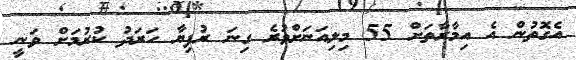
އެގޮތުން އެ އިމާރާތަށް 55 މިލިއަނަށްވުރެ ގިނަ ރުފިޔާ ހަރަދު ކުރުމަށް ވަނީ